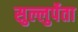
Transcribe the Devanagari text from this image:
सुल्लुर्पेता